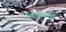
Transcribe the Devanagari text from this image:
बित्तील्ला